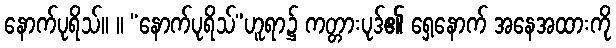
နောက်ပုရိသ်။ ။ “နောက်ပုရိသ်”ဟူရာ၌ ကတ္တားပုဒ်၏ ရှေ့နောက် အနေအထားကို